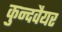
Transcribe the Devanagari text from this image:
कुन्दवैयर